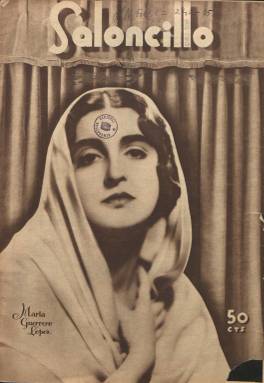
Título: Saloncillo (Madrid)
Colección: Teatro || Espectáculos
Ámbito geográfico: Madrid
Lugar de publicación: Madrid
Fechas: 22/11/1934-22/11/1934

Primer y, muy probablemente, único número publicado por esta “revista semanal de teatros” –este es su subtítulo–, que apareció el 22 de noviembre de 1934, y cuyos beneficios serían destinados –según se indica en su artículo de presentación– al montepío de la entonces Sociedad General de Autores (SGAE), cuya constitución se remonta a 1899. Se trata de una entrega de 24 páginas, estampadas con tinta sepia y con una cubierta ocupada por el retrato fotográfico de la actriz María Guerrero López (1906-1994). Además de otros fotograbados estampados con gran alarde, está ilustrada con dibujos de Rafael Penagos (1889-1954), y en su cabecera se indica que su director honorario es el dramaturgo Joaquín Álvarez Quintero (1873-1944). El título de la revista se refiere espacio teatral que era usado para sus tertulias por los denominados “autores de casa” y por los espectadores en el tiempo de los entreactos.

Contiene una entrevista sobre “la vida alocada” de la también actriz Leocadia Alba (1866-1952), ya alejada de la escena; una historieta gráfica cómico-teatral, del dibujante Andrés Martínez-León (1895-1978); la letrilla ¡Y aún me quejo!, de los hermanos Quintero; una página musical con una partitura de la composición inédita de Pablo Luna (1879-1942), titulada Idilio de una colmena; un monólogo de Pedro Muñoz Seca (1879-1936), y un poema de Luis Fernández Ardavín (1892-1962), que fue secretario perpetuo del citado montepío, y que llegó a presidir la SGAE.

Así mismo, tiene una página donde compendia la programación teatral madrileña; publica el reparto y el texto de la primera escena de Memorias de un madrileño, de Jacinto Benavente (1866-1954); inicia una serie bajo el título Triunfadores, dedicada a Manuel de Falla (1876-1946); y otra de Estrenos famosos, dedicado al de La Revoltosa, en el Teatro Apolo, del 25 de noviembre de 1897, que firma Guillermo Fernández Shaw (1893-1965); una crónica de teatros, que escribe Luis Araujo-Costa (1885-1956), e información cinematográfica, en una sección denominada Pantalla, de Antonio Guzmán. También inserta alguna publicidad comercial, como es el caso del estreno de La risa, de los citados Quintero. Pretendió salir cada jueves.